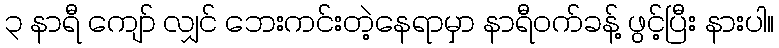
၃ နာရီ ကျော် လျှင် ဘေးကင်းတဲ့နေရာမှာ နာရီဝက်ခန့် ဖွင့်ပြီး နားပါ။